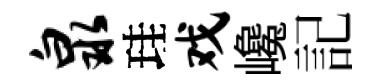
泉珪戏巉記